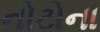
નોટોના